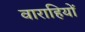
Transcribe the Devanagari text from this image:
वाराहियों